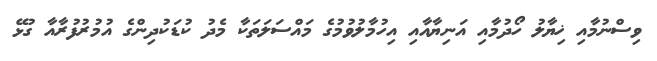
ވިސްނުމާއި ޚިޔާލު ހޯދުމާއި އަނިޔާއާއި އިހުމާލުވުމުގެ މައްސަލަތަކާ މެދު ކުޑަކުދިންގެ އުމުރުފުރާއާ ގުޅޭ